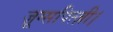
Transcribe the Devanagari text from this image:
ज़ूग्सपित्ज़ी।